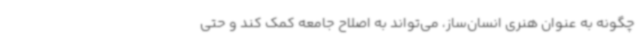
چگونه به عنوان هنری انسان‌ساز، می‌تواند به اصلاح جامعه کمک کند و حتی